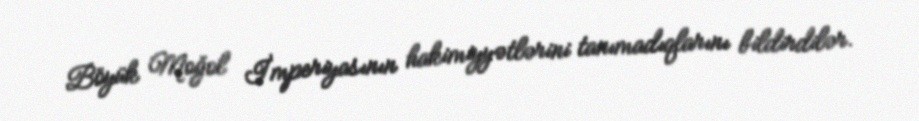
Böyük Moğol İmperiyasının hakimiyyətlərini tanımadıqlarını bildirdilər.